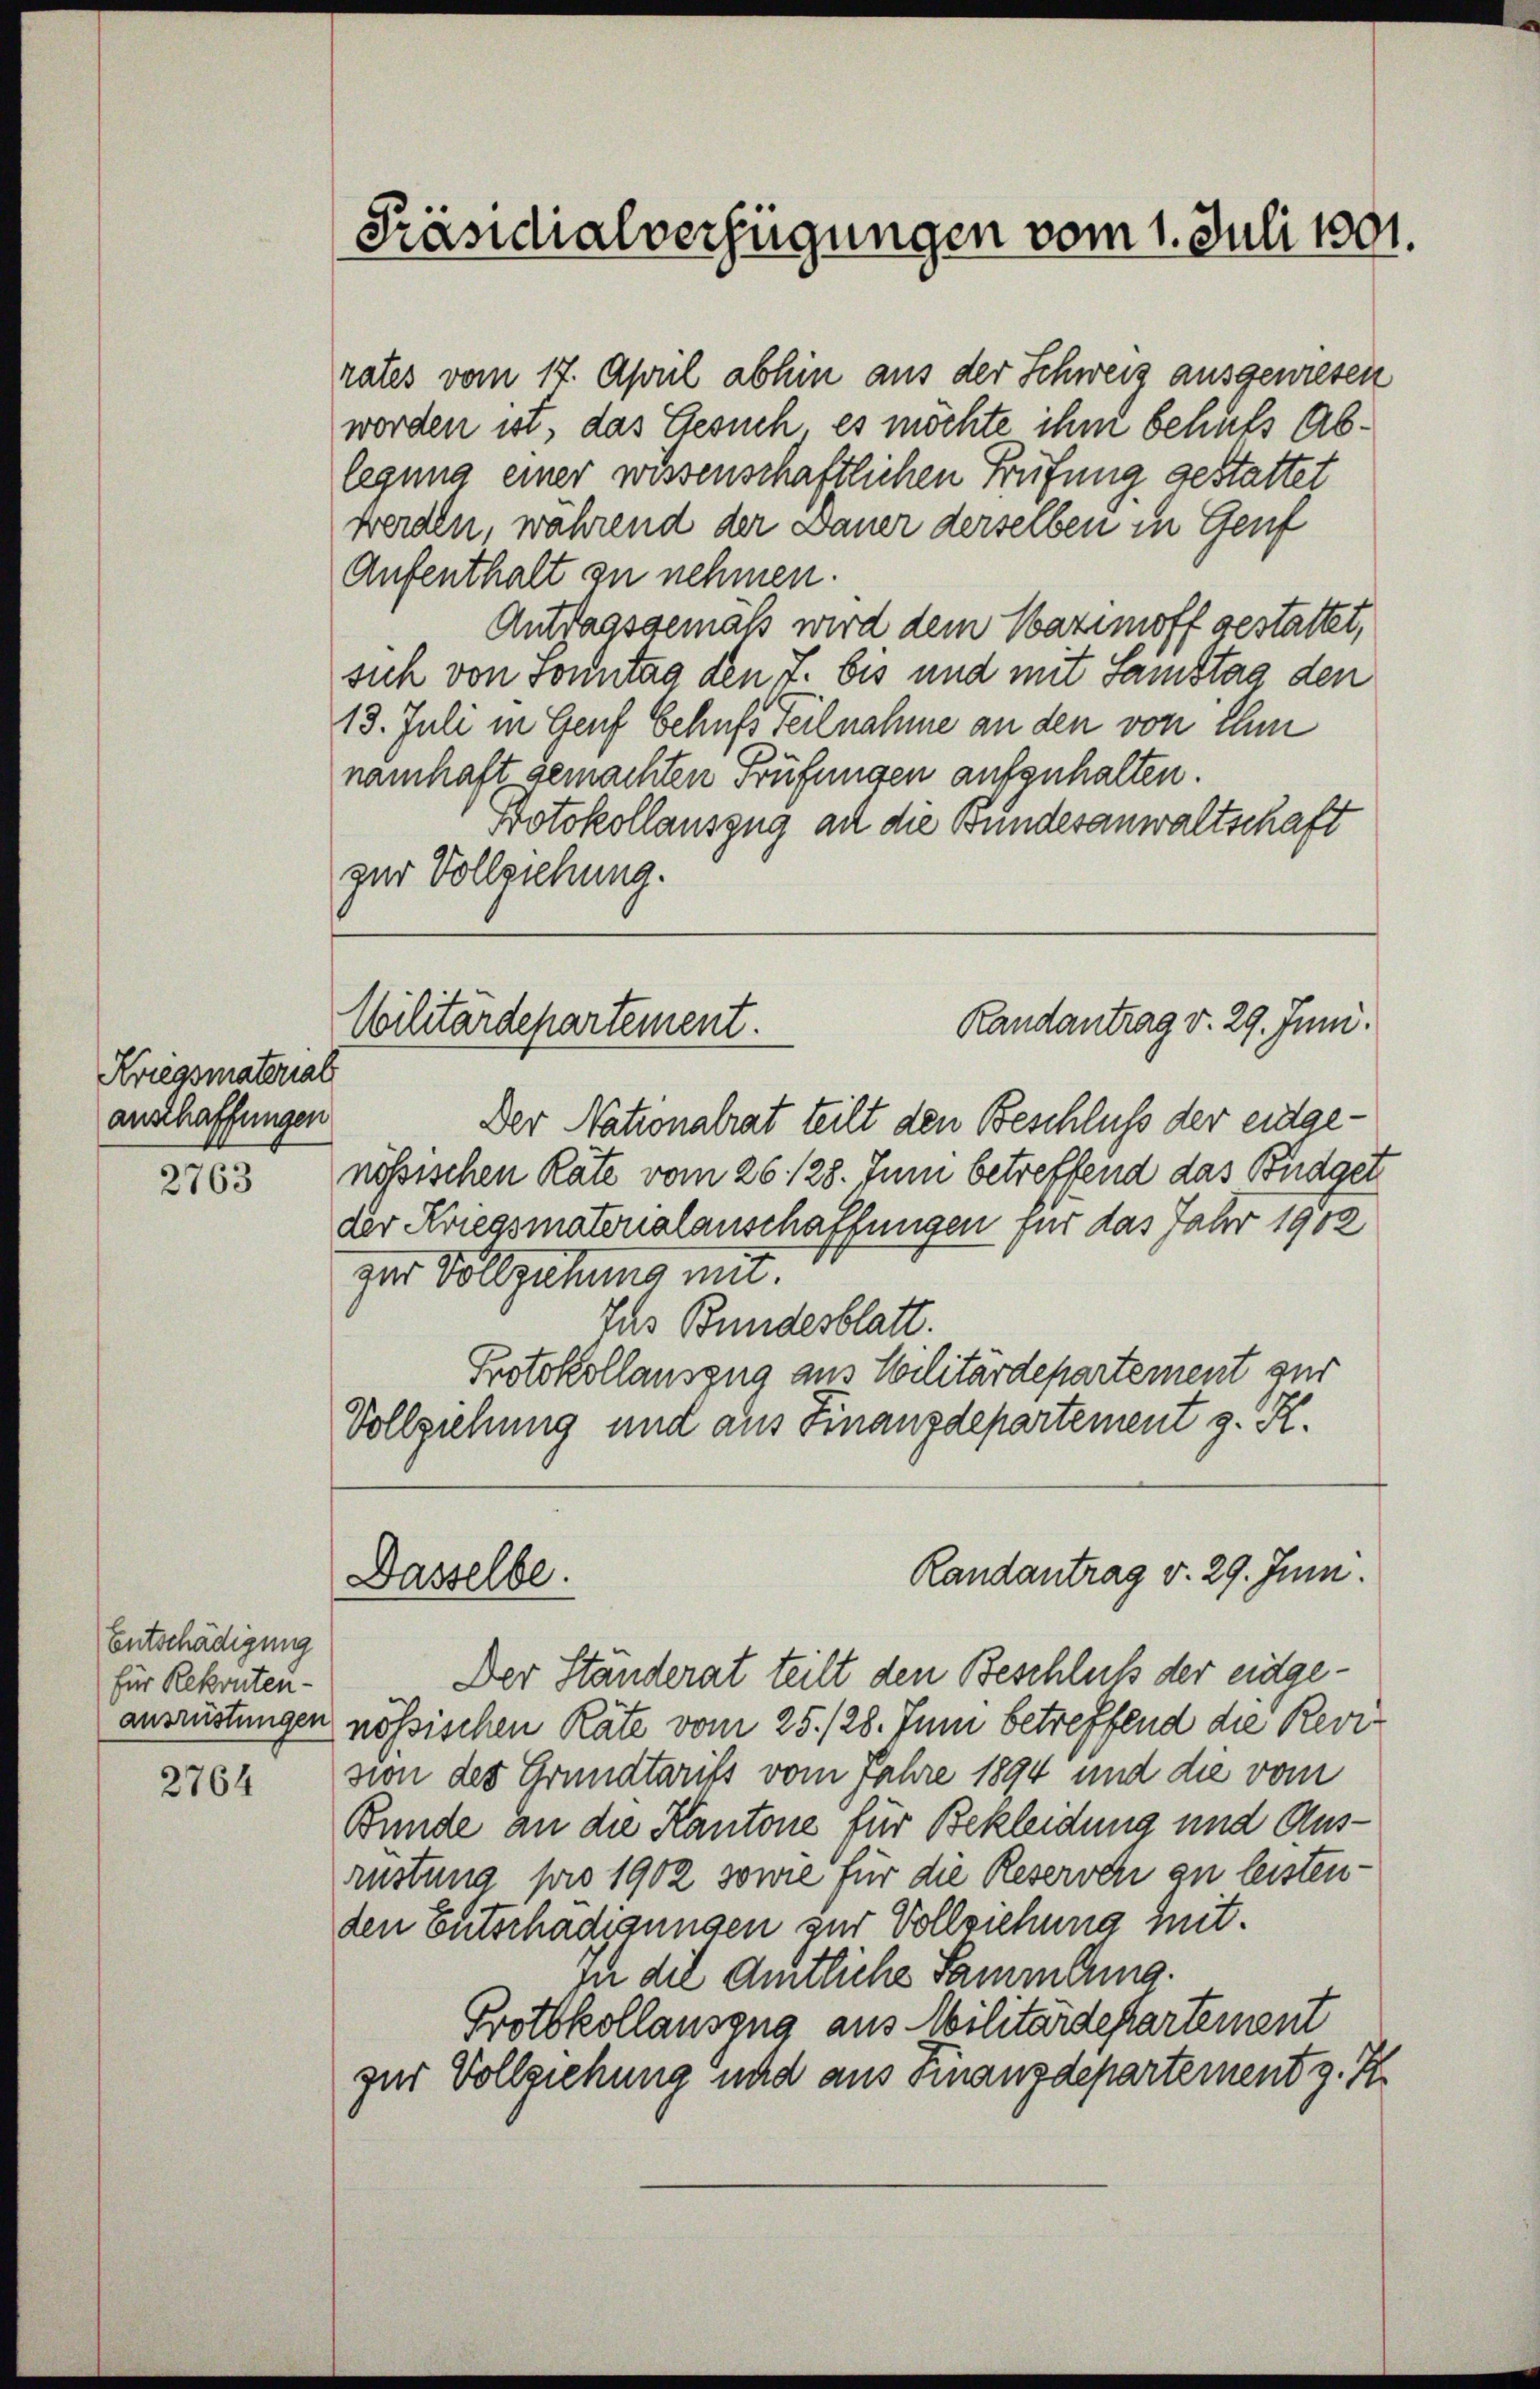
Kriegsmaterial
anschaffungen

2763

Entschädigung
für Rekruten-

2764

rates vom 17. April abhin aus der Schweiz ausgewiesen
worden ist, das Gesuch es möchte ihm behufs Ablegung einer wissenschaftlichen Prüfung gestattet
werden, während der Dauer derselben in Genf
Aufenthalt zu nehmen.
Antragsgemäß wird dem Nazimoff gestattet,
sich von Sonntag den 7. bis und mit Samstag den
13. Juli in Genf behufs Teilnahme an den von Ihm
namhaft gemachten Prüfungen aufzuhalten.
Protokollauszug an die Bundesanwaltschaft
zur Vollziehung.

Präsidialverfügungen vom 1. Juli 1801.

Randantrag v. 29. Juni.
Wilitärdepartement.

Dasselbe.

Randantrag v. 29. Juni.

Der Nationalrat teilt den Beschluß der entgenössischen Räte vom 26. 128. Juni betreffend das Büdget
der Kriegsmaterialanschaffungen für das Jahr 1908
zur Vollziehung mit.
Jas Bundesblatt.
Protokollauszug aus Militärdepartement zur
Vollziehung und aus Finanzdepartement z. K.

Der Ständerat teilt den Beschluß der eidgeausrüstungen nössischen Räte vom 25. 128. Juni betreffend die Revision des Grundtarifs vom Jahre 1894 und die vom
Bunde an die Kantone für Bekleidung und Ausrüstung pro 1902 sowie für die Reserver zu leistenden Entschädigungen zur Vollziehung mit.
in die amtliche Sammlung.
Protokollauszug aus Militärdepartement
zur Vollziehung und aus Finanzdepartement z. Z.